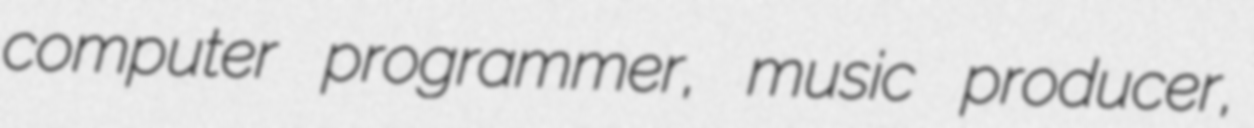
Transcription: computer programmer, music producer,